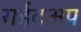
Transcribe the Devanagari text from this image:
राईटअप